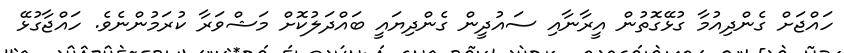
ހައްޖަށް ގެންދިއުމާ ގުޅޭގޮތުން އީރާނާއި ސައުދީން ގެންދިޔައީ ބައްދަލުކޮށް މަޝްވަރާ ކުރަމުންނެވެ. ހައްޖާގުޅޭ